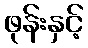
ဖုန်းနှင့်